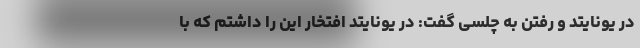
در یونایتد و رفتن به چلسی گفت: در یونایتد افتخار این را داشتم که با